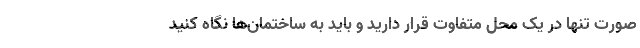
صورت تنها در یک محل متفاوت قرار دارید و باید به ساختمان‌ها نگاه کنید